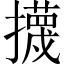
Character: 㩢